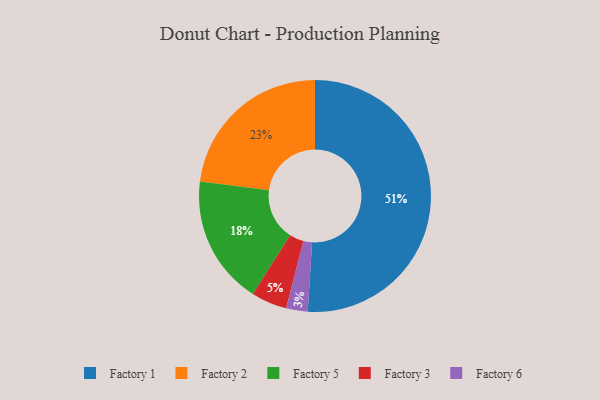
{"axis": {"x": "Category", "y": "Percentage"}, "legend": ["Factory 1", "Factory 2", "Factory 3", "Factory 5", "Factory 6"], "data": [{"x": "Factory 1", "y": 51, "type": "Factory 1"}, {"x": "Factory 3", "y": 5, "type": "Factory 3"}, {"x": "Factory 5", "y": 18, "type": "Factory 5"}, {"x": "Factory 6", "y": 3, "type": "Factory 6"}, {"x": "Factory 2", "y": 23, "type": "Factory 2"}]}